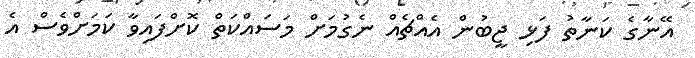
އޭނާގެ ކަނާތު ފަޅި ޖީބުން އެއްޗެއް ނެގުމަށް މަސައްކަތް ކޮށްފައިވާ ކަމަށްވެސް އެ